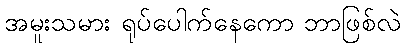
အမူးသမား ရုပ်ပေါက်နေကော ဘာဖြစ်လဲ